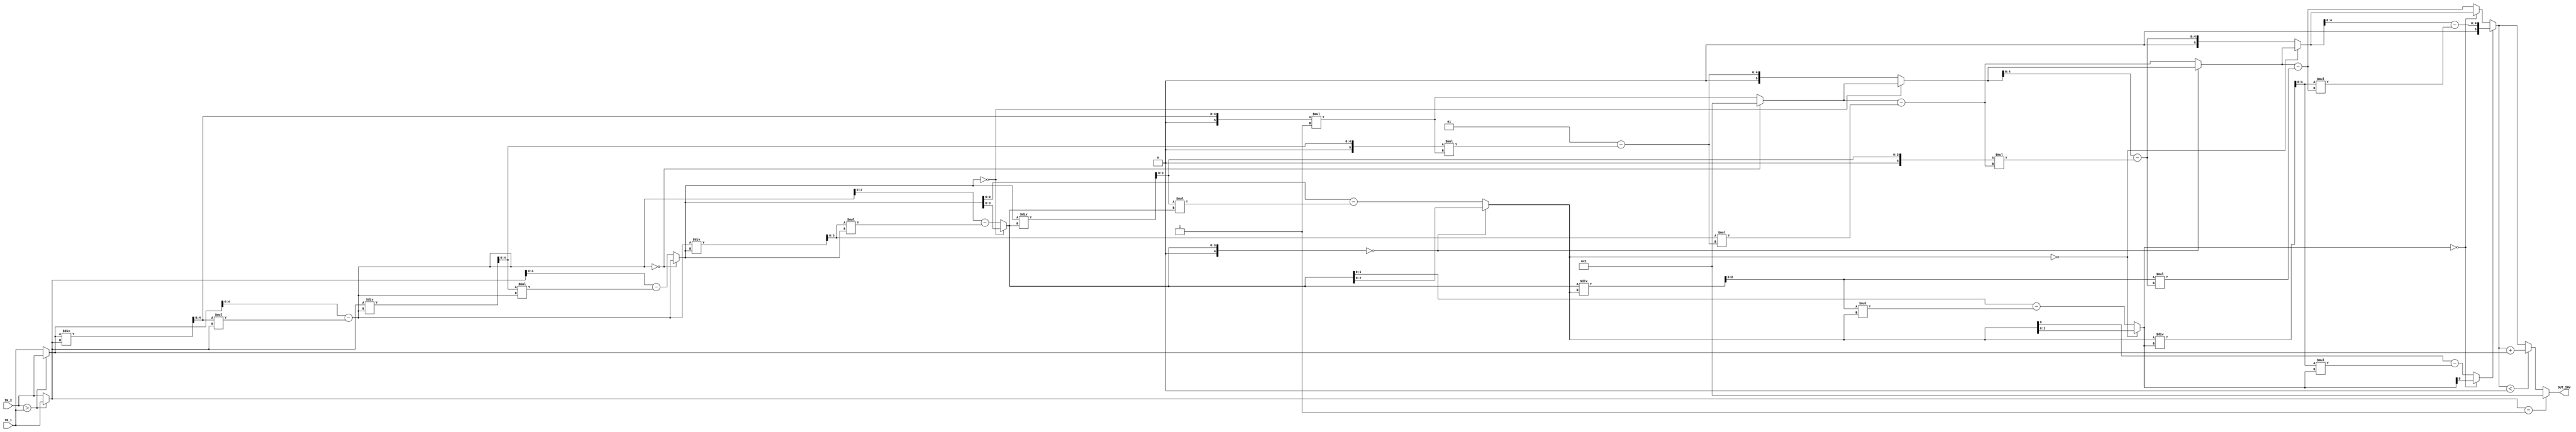
//############################################################################
//++++++++++++++++++++++++++++++++++++++++++++++++++++++++++++++++++++++++++++
//    (C) Copyright Optimum Application-Specific Integrated System Laboratory
//    All Right Reserved
//		Version		: v1.0
//   	Module Name : INV_IP
//++++++++++++++++++++++++++++++++++++++++++++++++++++++++++++++++++++++++++++
//############################################################################

module INV_IP #(parameter IP_WIDTH = 6) (
    // Input signals
    IN_1, IN_2,
    // Output signals
    OUT_INV
);

// ===============================================================
// Declaration
// ===============================================================
	input  [IP_WIDTH-1:0] IN_1, IN_2;
	output reg [IP_WIDTH-1:0] OUT_INV;
// ===============================================================
// IN_WIDTH dependent parameters
// ===============================================================
		parameter LAYERS = (IP_WIDTH==7)? 9 : IP_WIDTH+1;
		parameter Q_LEN = IP_WIDTH-1;
		parameter T_LEN = IP_WIDTH;
		parameter NT_LEN = IP_WIDTH;
		parameter R_LEN = IP_WIDTH;
		parameter NR_LEN = IP_WIDTH-1;


	// if(IP_WIDTH == 5)begin
	// 	LAYERS	= 'd6;
	// 	Q_LEN		= 'd4; // unsigned,	+ 1 ~ +15
	// 	T_LEN		= 'd5; // signed,		- 9 ~ + 9
	// 	NT_LEN	= 'd5; // signed,		-15 ~ +15
	// 	R_LEN		= 'd5; // unsigned,	+ 2 ~ +30
	// 	NR_LEN	= 'd4; // unsigned,	+ 1 ~ +15 
	// end else if(IP_WIDTH == 6)begin
	// 	LAYERS	= 'd7;
	// 	Q_LEN		= 'd5; // unsigned,	+ 1 ~ +30
	// 	T_LEN		= 'd6; // signed,		- 19 ~ + 19
	// 	NT_LEN	= 'd6; // signed,		-30 ~ +30
	// 	R_LEN		= 'd6; // unsigned,	+ 2 ~ +60
	// 	NR_LEN	= 'd5; // unsigned,	+ 1 ~ +30
	
	// end else begin// IP_WIDTH == 7
	// 	LAYERS	= 'd9;
	// 	Q_LEN		= 'd6; // unsigned,	+ 1 ~ +63
	// 	T_LEN		= 'd7; // signed,		- 41 ~ +41
	// 	NT_LEN	= 'd7; // signed,		-63 ~ +63
	// 	R_LEN		= 'd7; // unsigned,	+ 2 ~ +126
	// 	NR_LEN	= 'd6; // unsigned,	+ 1 ~ +63

	// end
	
// ===============================================================
// Register, Integers and Parameters Declaration
// ===============================================================
	
	//in_a should be the smaller of IN_1 & IN_1, it could be a prime
	//number, in_n is the larger, definitely a prime.
	reg [IP_WIDTH-1 : 0] in_a, in_n;


	always@(*)begin
		if(IN_2 > IN_1)begin
			in_a = IN_1;
			in_n = IN_2;
		end else begin
			in_a = IN_2;
			in_n = IN_1;
		end
	end


	genvar layer_idx;
	genvar layer_idx2;
	generate
	if(IP_WIDTH == 6)begin:ii
		// generate
			for(layer_idx = 1; layer_idx <= LAYERS-1; layer_idx = layer_idx+1)begin:gen_layer
				if(layer_idx == 1)begin:if_1
					wire [5-1 : 0] 			quotient; //1-30
					wire 					t;
					wire signed [6-1 : 0] 	new_t; //-30 ~ -1
					wire [6-1 : 0] 			r; // 2 - 60
					wire [5-1 : 0]			new_r; // 1 - 30

					assign quotient = in_n / in_a;
					assign new_t = $signed({1'b0,quotient}) * -1;
					assign t = 1;
					// assign new_r = $signed({1'b0, in_n}) - $signed({1'b0, quotient}) * $signed({1'b0, in_a});
					assign new_r = in_n - quotient*in_a;
					assign r = in_a;
				end
				if(layer_idx == 2)begin:if_2
					wire 					l_t = ii.gen_layer[layer_idx-1].if_1.t;
					wire signed [6-1 : 0] 	l_new_t = ii.gen_layer[layer_idx-1].if_1.new_t;
					wire [6-1 : 0] 			l_r = ii.gen_layer[layer_idx-1].if_1.r;
					wire [5-1 : 0]			l_new_r = ii.gen_layer[layer_idx-1].if_1.new_r;

					wire [5-1 : 0] 			quotient; //1-29
					wire signed [6-1 : 0] 	t; //-19 - -1
					wire [5-1 : 0] 			new_t; //2-30
					wire [5-1 : 0] 			r; // 2-30
					wire [5-1 : 0] 			new_r; //1-19

					assign quotient = l_r/l_new_r;
					assign new_t = $signed({1'd0, l_t}) -  $signed({1'b0, quotient}) * l_new_t;
					assign t = (l_new_r == 0)? {5'b0, l_t} : l_new_t;
					assign new_r = (l_new_r == 0)? l_new_r : ($signed({1'b0, l_r}) - $signed({1'b0, quotient}) * $signed({1'b0, l_new_r}));
					assign r = l_new_r;
				end
				if(layer_idx == 3)begin:if_3
					wire signed [6-1 : 0]	l_t = ii.gen_layer[layer_idx-1].if_2.t;
					wire [5-1 : 0] 			l_new_t = ii.gen_layer[layer_idx-1].if_2.new_t;
					wire [5-1 : 0] 			l_r = ii.gen_layer[layer_idx-1].if_2.r;
					wire [5-1 : 0]			l_new_r = ii.gen_layer[layer_idx-1].if_2.new_r;

					wire [4-1 : 0] 			quotient; //1-9
					wire signed [6-1 : 0] 	t; // 2 - 19
					wire signed [6-1 : 0] 	new_t; //-29 - 3
					wire [5-1 : 0] 			r; //2-19
					wire [4-1 : 0] 			new_r; // 1 - 11

					assign quotient = l_r/l_new_r;
					assign new_t = l_t - $signed({1'b0, quotient}) * $signed({1'b0,l_new_t});
					assign t = (l_new_r == 0)? l_t : {1'b0, l_new_t};
					assign new_r = (l_new_r == 0)? l_new_r : ($signed({1'b0, l_r}) - $signed({1'b0, quotient}) * $signed({1'b0, l_new_r}));
					assign r = l_new_r;
				end
				if(layer_idx == 4)begin:if_4

					wire signed [6-1 : 0]	l_t = ii.gen_layer[layer_idx-1].if_3.t;
					wire signed [6-1 : 0] 	l_new_t = ii.gen_layer[layer_idx-1].if_3.new_t;
					wire [5-1 : 0] 			l_r = ii.gen_layer[layer_idx-1].if_3.r;
					wire [5-1 : 0]			l_new_r = ii.gen_layer[layer_idx-1].if_3.new_r;

					wire [4-1 : 0] quotient; //1-9
					wire signed [6-1 : 0] t; //-19 - -3
					wire [5-1 : 0] new_t; //5 - 29
					wire [4-1 : 0] r; //2 - 11
					wire [3-1 : 0] new_r; //1-7

					assign quotient = l_r/l_new_r;
					assign new_t = l_t - $signed({1'b0, quotient}) * l_new_t;
					assign t = (l_new_r == 0)? l_t : l_new_t;
					assign new_r = (l_new_r == 0)? l_new_r : ($signed({1'b0, l_r}) - $signed({1'b0, quotient}) * $signed({1'b0, l_new_r}));
					assign r = l_new_r;

				end
				if(layer_idx == 5)begin:if_5

					wire signed [6-1 : 0]	l_t = ii.gen_layer[layer_idx-1].if_4.t;
					wire [5-1 : 0] 			l_new_t = ii.gen_layer[layer_idx-1].if_4.new_t;
					wire [4-1 : 0] 			l_r = ii.gen_layer[layer_idx-1].if_4.r;
					wire [3-1 : 0]			l_new_r = ii.gen_layer[layer_idx-1].if_4.new_r;
				
					wire [3-1 : 0] quotient; //1-5
					wire signed [6-1 : 0] t; // 5 - 17
					wire signed [6-1 : 0] new_t; //-28 ~ -8
					wire [3-1 : 0] r; //2 - 7
					wire [2-1 : 0] new_r; // 1-3
					
					assign quotient = l_r/l_new_r;
					assign new_t = l_t - $signed({1'b0, quotient}) * $signed({1'b0, l_new_t});
					assign t = (l_new_r == 0)? l_t : {1'b0,l_new_t};
					assign new_r = (l_new_r == 0)? l_new_r : ($signed({1'b0, l_r}) - $signed({1'b0, quotient}) * $signed({1'b0, l_new_r}));
					assign r = l_new_r;


				end
				if(layer_idx == 6)begin:if_6

					wire signed [6-1 : 0]	l_t = ii.gen_layer[layer_idx-1].if_5.t;
					wire signed [6-1 : 0] 	l_new_t = ii.gen_layer[layer_idx-1].if_5.new_t;
					wire [3-1 : 0] 			l_r = ii.gen_layer[layer_idx-1].if_5.r;
					wire [2-1 : 0]			l_new_r = ii.gen_layer[layer_idx-1].if_5.new_r;

					wire [2-1 : 0]quotient; //==1
					wire signed [6-1 : 0] t; //-11 - -8
					wire [5-1 : 0] new_t; //13 - 18
					wire [2-1 : 0] r; //2-3
					wire new_r;

					assign quotient = l_r/l_new_r;
					assign new_t = l_t - $signed({1'b0, quotient}) * $signed({1'b0, l_new_t});
					assign t = (l_new_r == 0)? l_t : l_new_t;
					assign new_r = (l_new_r == 0)? l_new_r : ($signed({1'b0, l_r}) - $signed({1'b0, quotient}) * $signed({1'b0, l_new_r}));
				end
			
			end

			wire signed [6-1 : 0] last_t = (ii.gen_layer[LAYERS-1].if_6.new_r == 0)? ii.gen_layer[LAYERS-1].if_6.t : {1'b0, ii.gen_layer[LAYERS-1].if_6.new_t}; 
			always @(*)begin
				if(in_a == 1)begin
					OUT_INV = 1;
				end
				else if(last_t < 0)begin
					OUT_INV = last_t + $signed({1'b0,in_n});
				end else begin
					OUT_INV = last_t;
				end

			end

		// endgenerate
	end 
	if (IP_WIDTH == 5 || IP_WIDTH == 7)begin:im
			for(layer_idx = 1; layer_idx <= LAYERS-1; layer_idx = layer_idx+1)begin:gen_layer
				//Layers from 1 ~ Layers-1 are identical. 
				// wire [Q_LEN-1 : 0] quotient;
				wire [Q_LEN-1 : 0] quotient;
				wire signed [T_LEN-1 : 0] t;
				wire signed [NT_LEN-1 :0] new_t;
				wire [R_LEN-1 : 0] r;
				wire [NR_LEN-1 :0] new_r; 
				
				if(layer_idx == 1)begin
					// the first layer, special
					assign quotient = in_n / in_a;
					
					assign new_t = $signed({1'b0, quotient})* -1;
					assign t = 1;

					assign new_r = $signed({1'b0, in_n}) - $signed({1'b0, quotient}) * $signed({1'b0, in_a});	
					assign r = in_a; 
					
				end else begin
					// other layers
					// wire [Q_LEN-1 : 0] l_quotient = gen_layer[layer_idx-1].quotient;
					wire signed [T_LEN-1 : 0] l_t = im.gen_layer[layer_idx-1].t;
					wire signed [NT_LEN-1 :0] l_new_t = im.gen_layer[layer_idx-1].new_t;
					wire [R_LEN-1 : 0] l_r = im.gen_layer[layer_idx-1].r;
					wire [NR_LEN-1 :0] l_new_r = im.gen_layer[layer_idx-1].new_r; 

					assign quotient = l_r / l_new_r;				
					
					assign new_t = l_t - $signed({1'b0, quotient}) * l_new_t;
					assign t = (l_new_r == 0)? l_t : l_new_t;

					assign new_r = (l_new_r == 0)? l_new_r : $signed({1'b0, l_r}) - $signed({1'b0, quotient}) * $signed({1'b0, l_new_r});
					assign r = l_new_r;

				end 

		end
		// the last layer(output layer) is presented here:
		
		wire signed [T_LEN-1 : 0] last_t = (im.gen_layer[LAYERS-1].new_r == 0)? im.gen_layer[LAYERS-1].t : im.gen_layer[LAYERS-1].new_t; 
		always @(*)begin
			if(in_a == 1)begin
				OUT_INV = 1;
			end
			else if(last_t < 0)begin
				OUT_INV = last_t + $signed({1'b0,in_n});
			end else begin
				OUT_INV = last_t;
			end

		end

	end
	endgenerate
		

endmodule